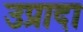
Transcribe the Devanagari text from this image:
उप्रादा